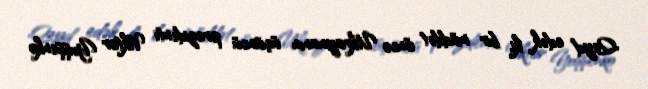
Qeyd edək ki, bir müddət öncə Ukraynanın üçüncü prezidenti Viktor Yuşşenko